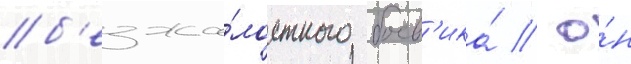
б'езжа́лостного боев'ика́ / о́н